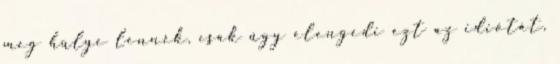
meg hülye lennék, csak úgy elengedi ezt az idiótát,